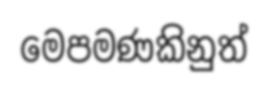
මෙපමණකිනුත්